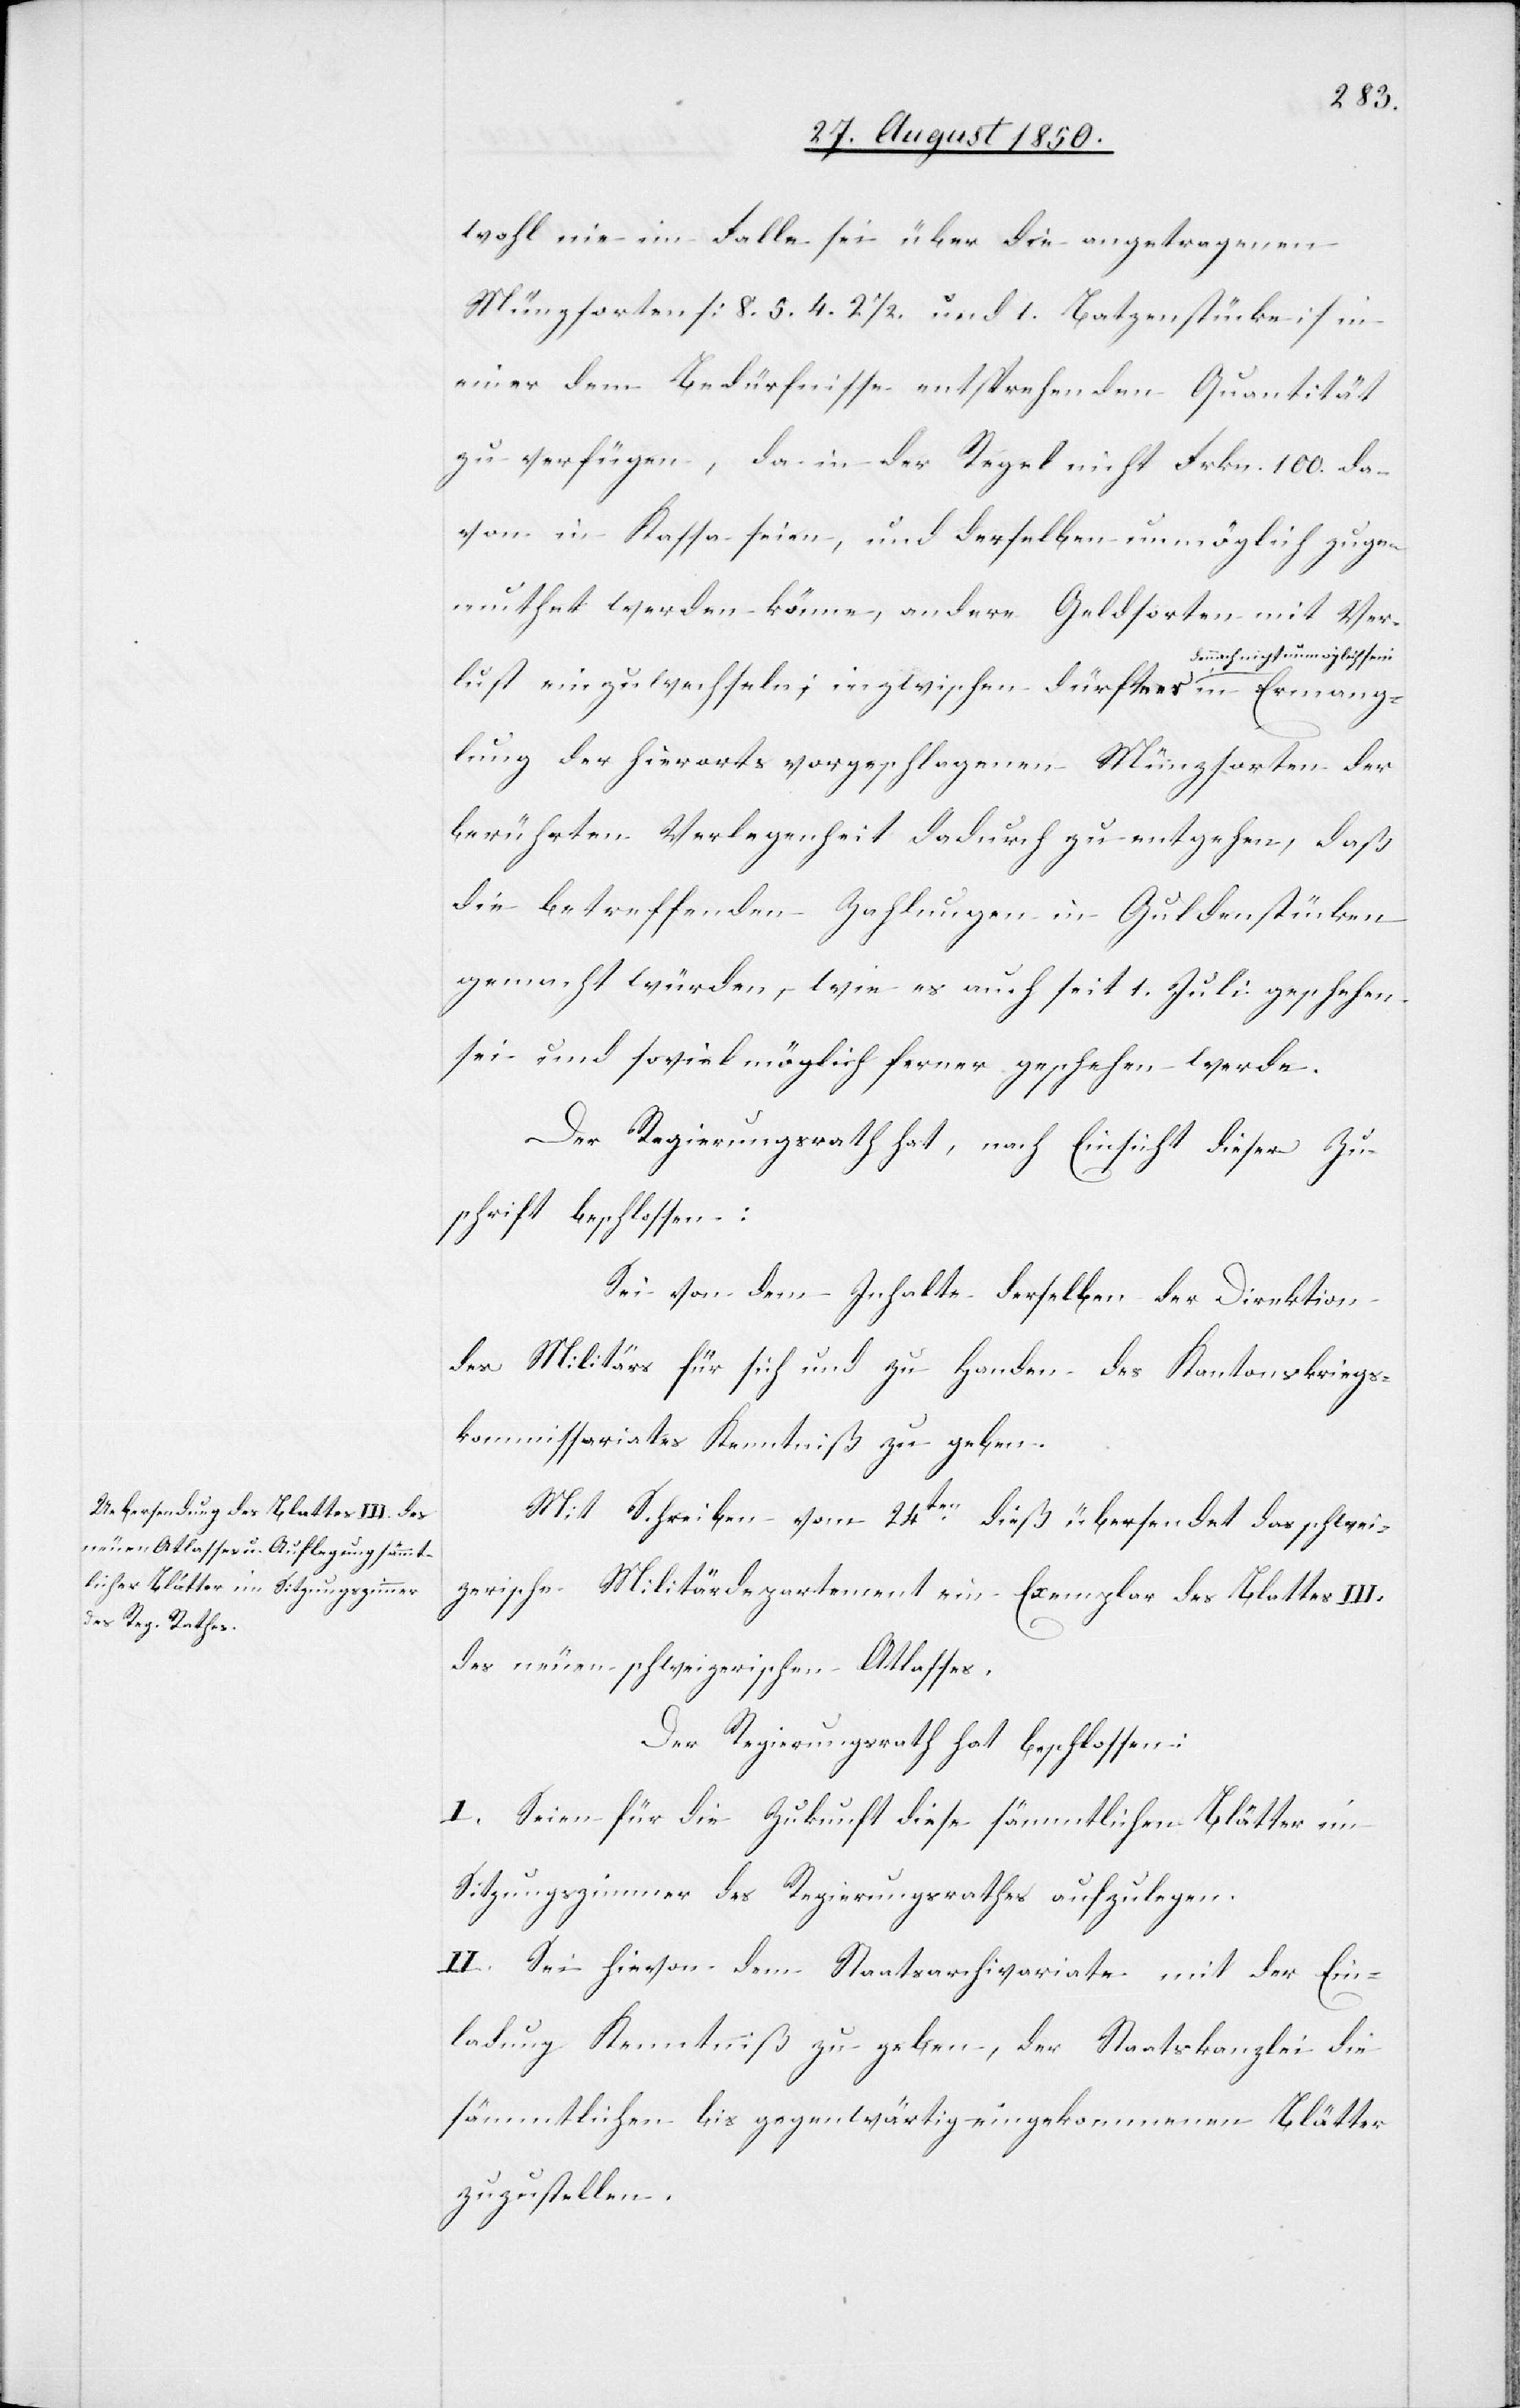
Ermang¬
wohl nie im Falle sei über die angetragenen
Münzsorten [8.[,] 5.[,] 4.[,] 2 1/2. und 1. Batzenstücke] in
einer dem Bedürfnisse entsprechenden Quantität
zu verfügen, da in der Regel nicht Frkn. 100. da¬
von in Kassa seien, und derselben unmöglich zugem¬
uthet werden können, andere Geldsorten mit Ver¬
och nicht unmöglich sein in
lust einzuwechseln; inzwischen dürfte es denn¬
lung der hierorts vorgeschlagenen Münzsorten der
berührten Verlegenheit dadurch zu entgehen, daß
die betreffenden Zahlungen in Guldenstücken
gemacht würden, wie es auch seit 1. Juli geschehen
sei und soviel möglich ferner geschehen werde.
Der Regierungsrath hat, nach Einsicht dieser Zu¬
schrift beschlossen:
Sei von dem Inhalte derselben der Direktion
des Militärs für sich und zu Handen des Kantonskriegs¬
kommissariates Kenntniß zu geben.
Mit Schreiben vom 24ten dieß übersendet das schwei¬
zerische Militärdepartement ein Exemplar des Blattes III.
des neuen schweizerischen Atlasses.
Der Regierungsrath hat beschlossen:
I. Seien für die Zukunft diese sämmtlichen Blätter im
Sitzungszimmer des Regierungsrathes aufzulegen.
II. Sei hievon dem Staatsarchivariate mit der Ein¬
ladung Kenntniß zu geben, der Staatskanzlei die
sämmtlichen bis gegenwärtig eingekommenen Blätter
zuzustellen.